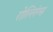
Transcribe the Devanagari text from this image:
रोल्लिंग्स